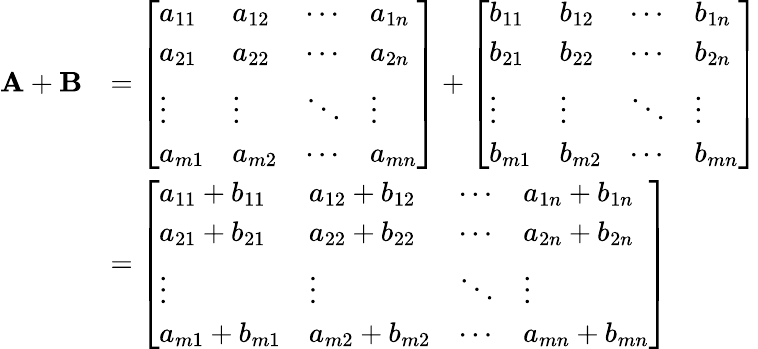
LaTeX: {\begin{array}{rl}{\mathbf{A}+\mathbf{B}}&{={\left[\begin{array}{llll}{a_{11}}&{a_{12}}&{\cdots}&{a_{1n}}\\ {a_{21}}&{a_{22}}&{\cdots}&{a_{2n}}\\ {\vdots}&{\vdots}&{\ddots}&{\vdots}\\ {a_{m1}}&{a_{m2}}&{\cdots}&{a_{mn}}\end{array}\right]}+{\left[\begin{array}{llll}{b_{11}}&{b_{12}}&{\cdots}&{b_{1n}}\\ {b_{21}}&{b_{22}}&{\cdots}&{b_{2n}}\\ {\vdots}&{\vdots}&{\ddots}&{\vdots}\\ {b_{m1}}&{b_{m2}}&{\cdots}&{b_{mn}}\end{array}\right]}}\\ &{={\left[\begin{array}{llll}{a_{11}+b_{11}}&{a_{12}+b_{12}}&{\cdots}&{a_{1n}+b_{1n}}\\ {a_{21}+b_{21}}&{a_{22}+b_{22}}&{\cdots}&{a_{2n}+b_{2n}}\\ {\vdots}&{\vdots}&{\ddots}&{\vdots}\\ {a_{m1}+b_{m1}}&{a_{m2}+b_{m2}}&{\cdots}&{a_{mn}+b_{mn}}\end{array}\right]}}\end{array}}